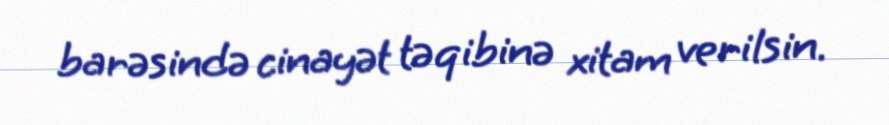
barəsində cinayət təqibinə xitam verilsin.